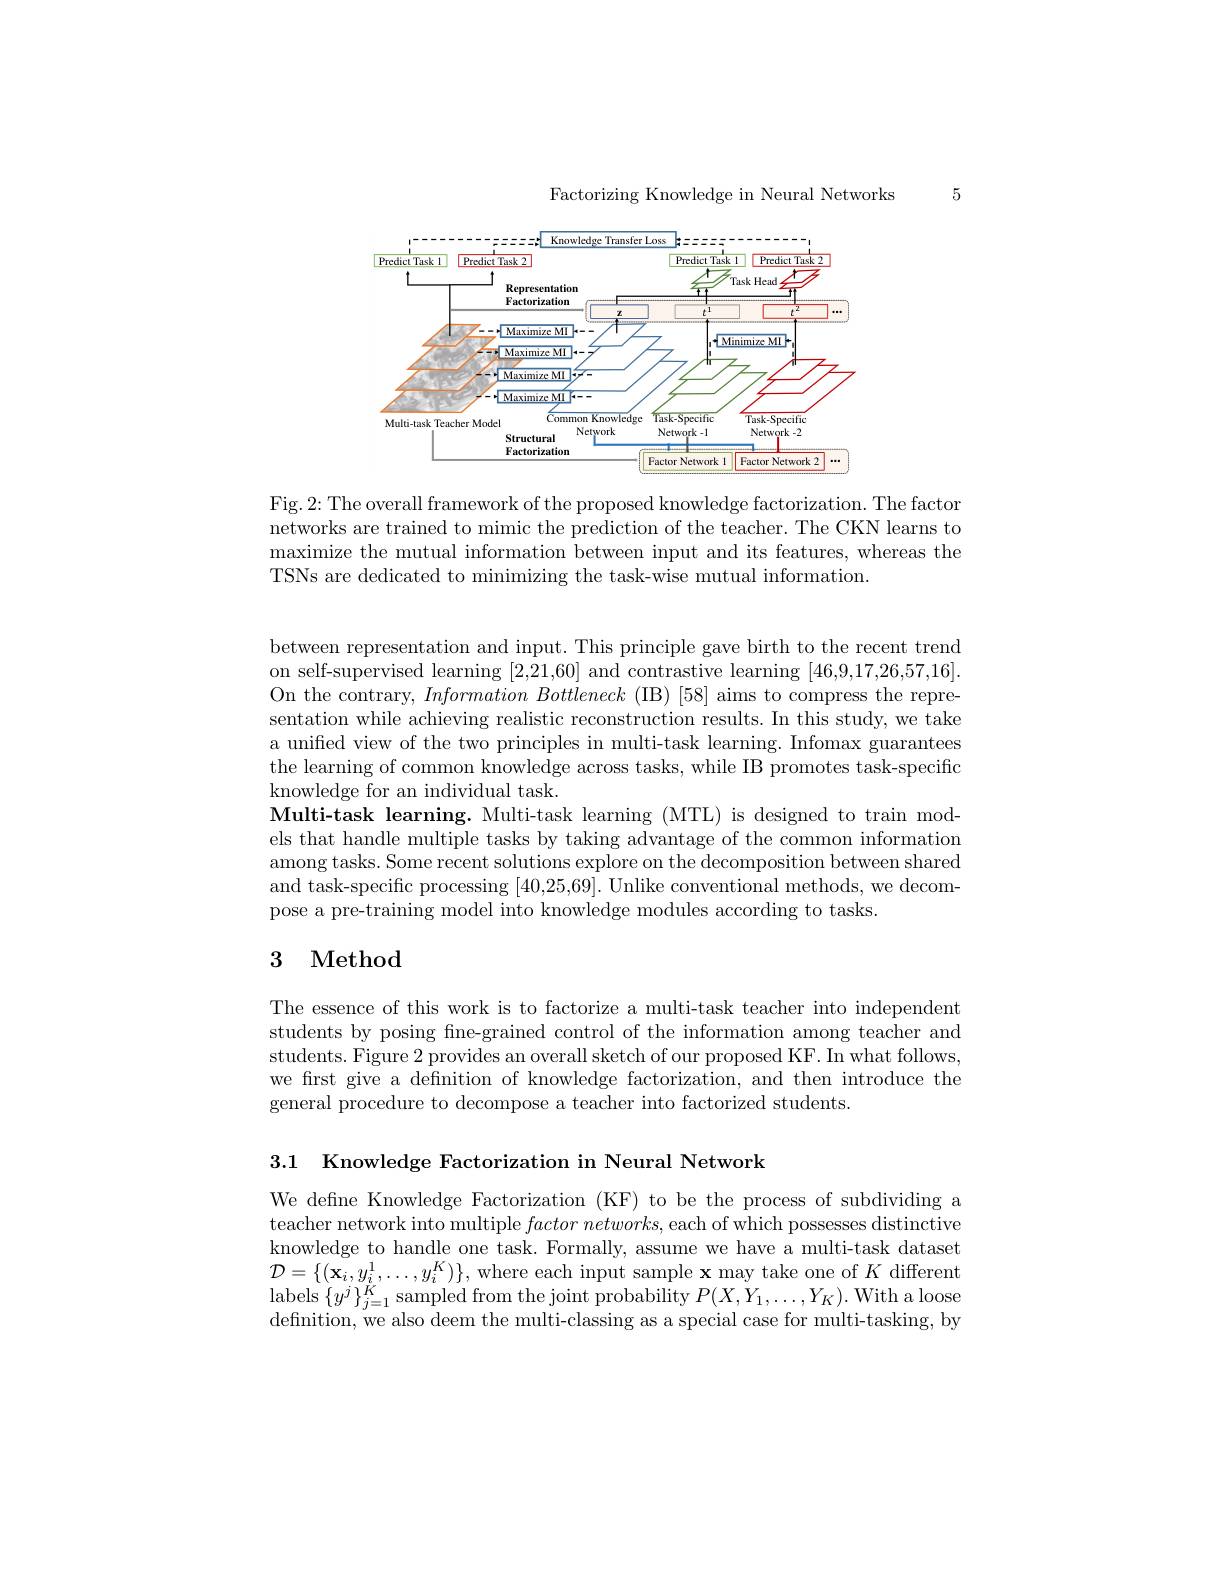
Factorizing Knowledge in Neural Networks

5

<FigureHere>

Fig. 2: The overall framework of the proposed knowledge factorization. The factor networks are trained to mimic the prediction of the teacher. The CKN learns to maximize the mutual information between input and its features, whereas the TSNs are dedicated to minimizing the task-wise mutual information.

between representation and input. This principle gave birth to the recent trend on self-supervised learning [2,21,60] and contrastive learning [46,9,17,26,57,16]. On the contrary, $Information\textit{ Bottleneck ( IB) [ 58] aims to compress the repre- }$ sentation while achieving realistic reconstruction results. In this study, we take a unified view of the two principles in multi-task learning. Infomax guarantees the learning of common knowledge across tasks, while IB promotes task-specific knowledge for an individual task.
Multi-task learning. Multi-task learning (MTL) is designed to train models that handle multiple tasks by taking advantage of the common information among tasks. Some recent solutions explore on the decomposition between shared and task-specific processing [40,25,69]. Unlike conventional methods, we decompose a pre-training model into knowledge modules according to tasks.

# 3 Method

The essence of this work is to factorize a multi-task teacher into independent students by posing fine-grained control of the information among teacher and students. Figure 2 provides an overall sketch of our proposed KF. In what follows, we frst give a defnition of knowledge factorization, and then introduce the general procedure to decompose a teacher into factorized students.

3.1 Knowledge Factorization in Neural Network

We define Knowledge Factorization (KF) to be the process of subdividing a teacher network into multiple $factor\textit{networks, each of which possesses distinctive}$ knowledge to handle one task. Formally, assume we have a multi-task dataset $\mathcal{D}=\{(\mathbf{x}_{i},y_{i}^{1},\ldots,y_{i}^{K})\}$, where each input sample $\mathbf{x}$ may take one of $K$ different $\operatorname*{labels}\left\{y^{j}\right\}_{j=1}^{\tilde{K}}$sampled from the joint probability $P(X,Y_{1},\ldots,Y_{K}).$ With a loose defnition, we also deem the multi-classing as a special case for multi-tasking, by